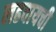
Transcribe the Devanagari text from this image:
लढवायची